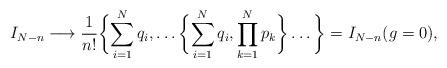
LaTeX: \begin{align*}I_{N-n} \longrightarrow \frac{1}{n!} \biggl\{\sum_{i=1}^N q_i,\dots \biggl\{\sum_{i=1}^N q_i, \prod_{k=1}^N p_k \biggr\}\dots \biggr\}=I_{N-n}(g=0), \end{align*}